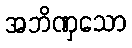
အဘိဏှသော